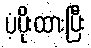
ပံ့ပိုးထားပြီး